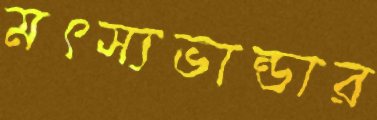
মৎস্যভান্ডার